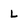
Character: L